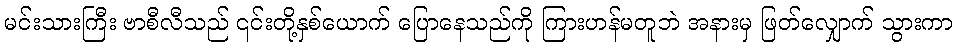
မင်းသားကြီး ဗာစီလီသည် ၎င်းတို့နှစ်ယောက် ပြောနေသည်ကို ကြားဟန်မတူဘဲ အနားမှ ဖြတ်လျှောက် သွားကာ